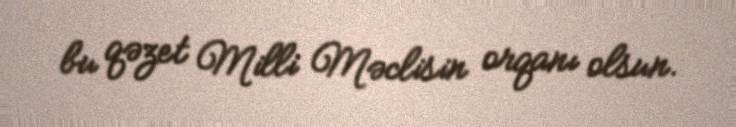
bu qəzet Milli Məclisin orqanı olsun.